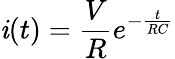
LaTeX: \mathit{i}(t)=\frac{{V}}{{R}}e^{-\frac{{t}}{{RC}}}